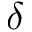
\delta